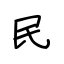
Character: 民